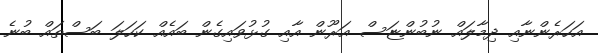
އަހަރެންނާއި ދިމާލައް ނުބުންޏަސް އަރޫން އާއި ގުޅުވައިގެން ބައެއް ކަހަލަ ބަސްތައް ބުނެ